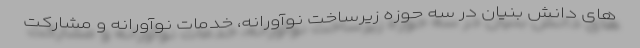
های دانش بنیان در سه حوزه زیرساخت نوآورانه، خدمات نوآورانه و مشارکت